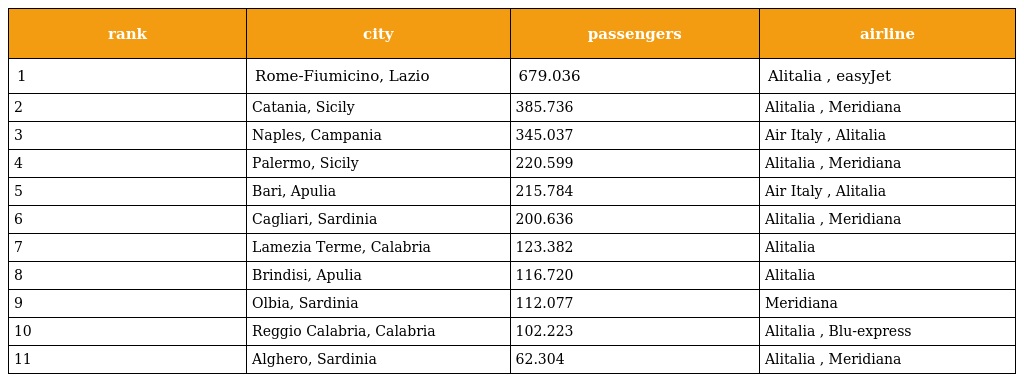
| rank | city | passengers | airline |
 | --- | --- | --- | --- |
 | 1 | Rome-Fiumicino, Lazio | 679.036 | Alitalia , easyJet |
 | 2 | Catania, Sicily | 385.736 | Alitalia , Meridiana |
 | 3 | Naples, Campania | 345.037 | Air Italy , Alitalia |
 | 4 | Palermo, Sicily | 220.599 | Alitalia , Meridiana |
 | 5 | Bari, Apulia | 215.784 | Air Italy , Alitalia |
 | 6 | Cagliari, Sardinia | 200.636 | Alitalia , Meridiana |
 | 7 | Lamezia Terme, Calabria | 123.382 | Alitalia |
 | 8 | Brindisi, Apulia | 116.720 | Alitalia |
 | 9 | Olbia, Sardinia | 112.077 | Meridiana |
 | 10 | Reggio Calabria, Calabria | 102.223 | Alitalia , Blu-express |
 | 11 | Alghero, Sardinia | 62.304 | Alitalia , Meridiana |